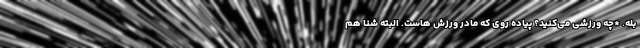
بله. *چه ورزشی می‌کنید؟ پیاده روی که مادر ورزش هاست. البته شنا هم